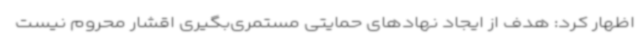
اظهار کرد: هدف از ایجاد نهادهای حمایتی مستمری‌بگیری اقشار محروم نیست